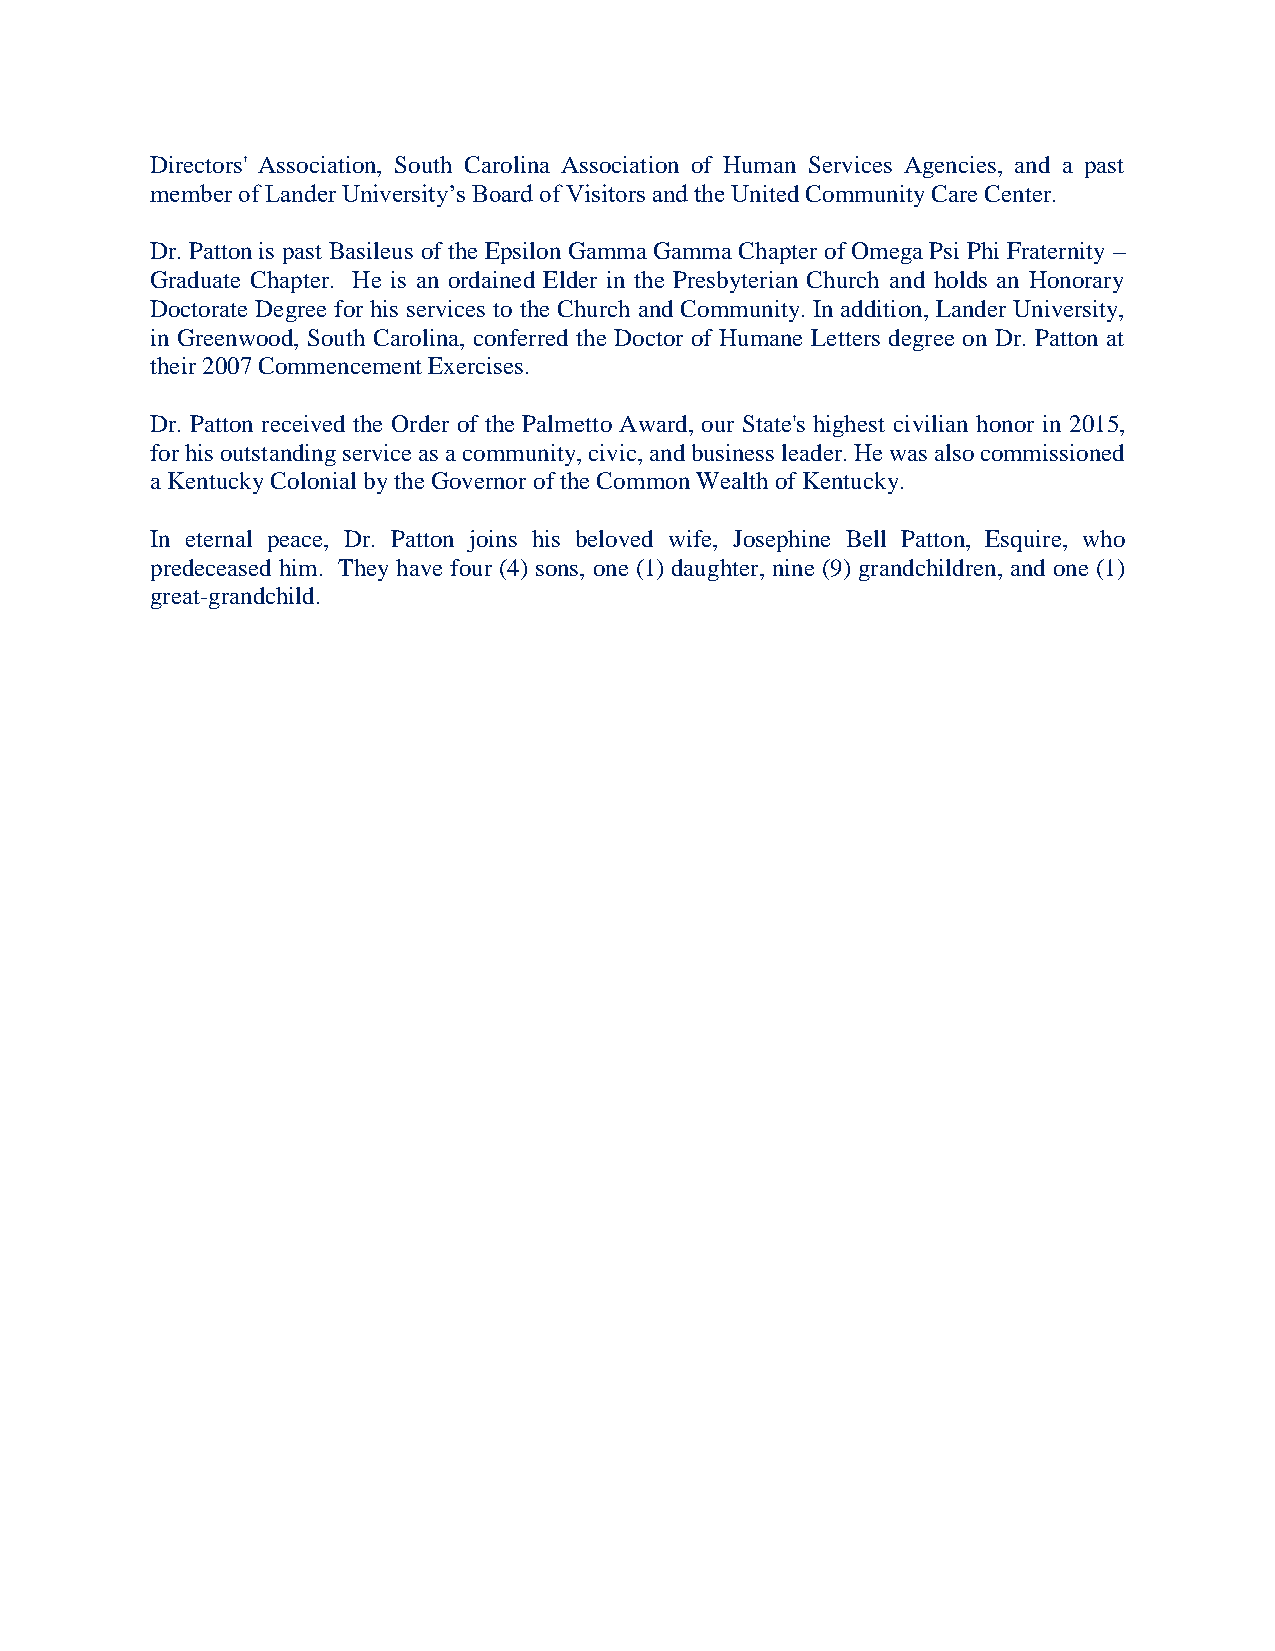
Directors' Association, South Carolina Association of Human Services Agencies, and a past
 member of Lander University’s Board of Visitors and the United Community Care Center.
 Dr. Patton is past Basileus of the Epsilon Gamma Gamma Chapter of Omega Psi Phi Fraternity –
 Graduate Chapter. He is an ordained Elder in the Presbyterian Church and holds an Honorary
 Doctorate Degree for his services to the Church and Community. In addition, Lander University,
 in Greenwood, South Carolina, conferred the Doctor of Humane Letters degree on Dr. Patton at
 their 2007 Commencement Exercises.
 Dr. Patton received the Order of the Palmetto Award, our State's highest civilian honor in 2015,
 for his outstanding service as a community, civic, and business leader. He was also commissioned
 a Kentucky Colonial by the Governor of the Common Wealth of Kentucky.
 In eternal peace, Dr. Patton joins his beloved wife, Josephine Bell Patton, Esquire, who
 predeceased him. They have four (4) sons, one (1) daughter, nine (9) grandchildren, and one (1)
 great-grandchild.